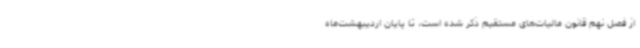
از فصل نهم قانون مالیات‌های مستقیم ذکر شده است، تا پایان اردیبهشت‌ماه